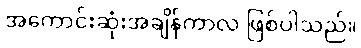
အကောင်းဆုံးအချိန်ကာလ ဖြစ်ပါသည်။